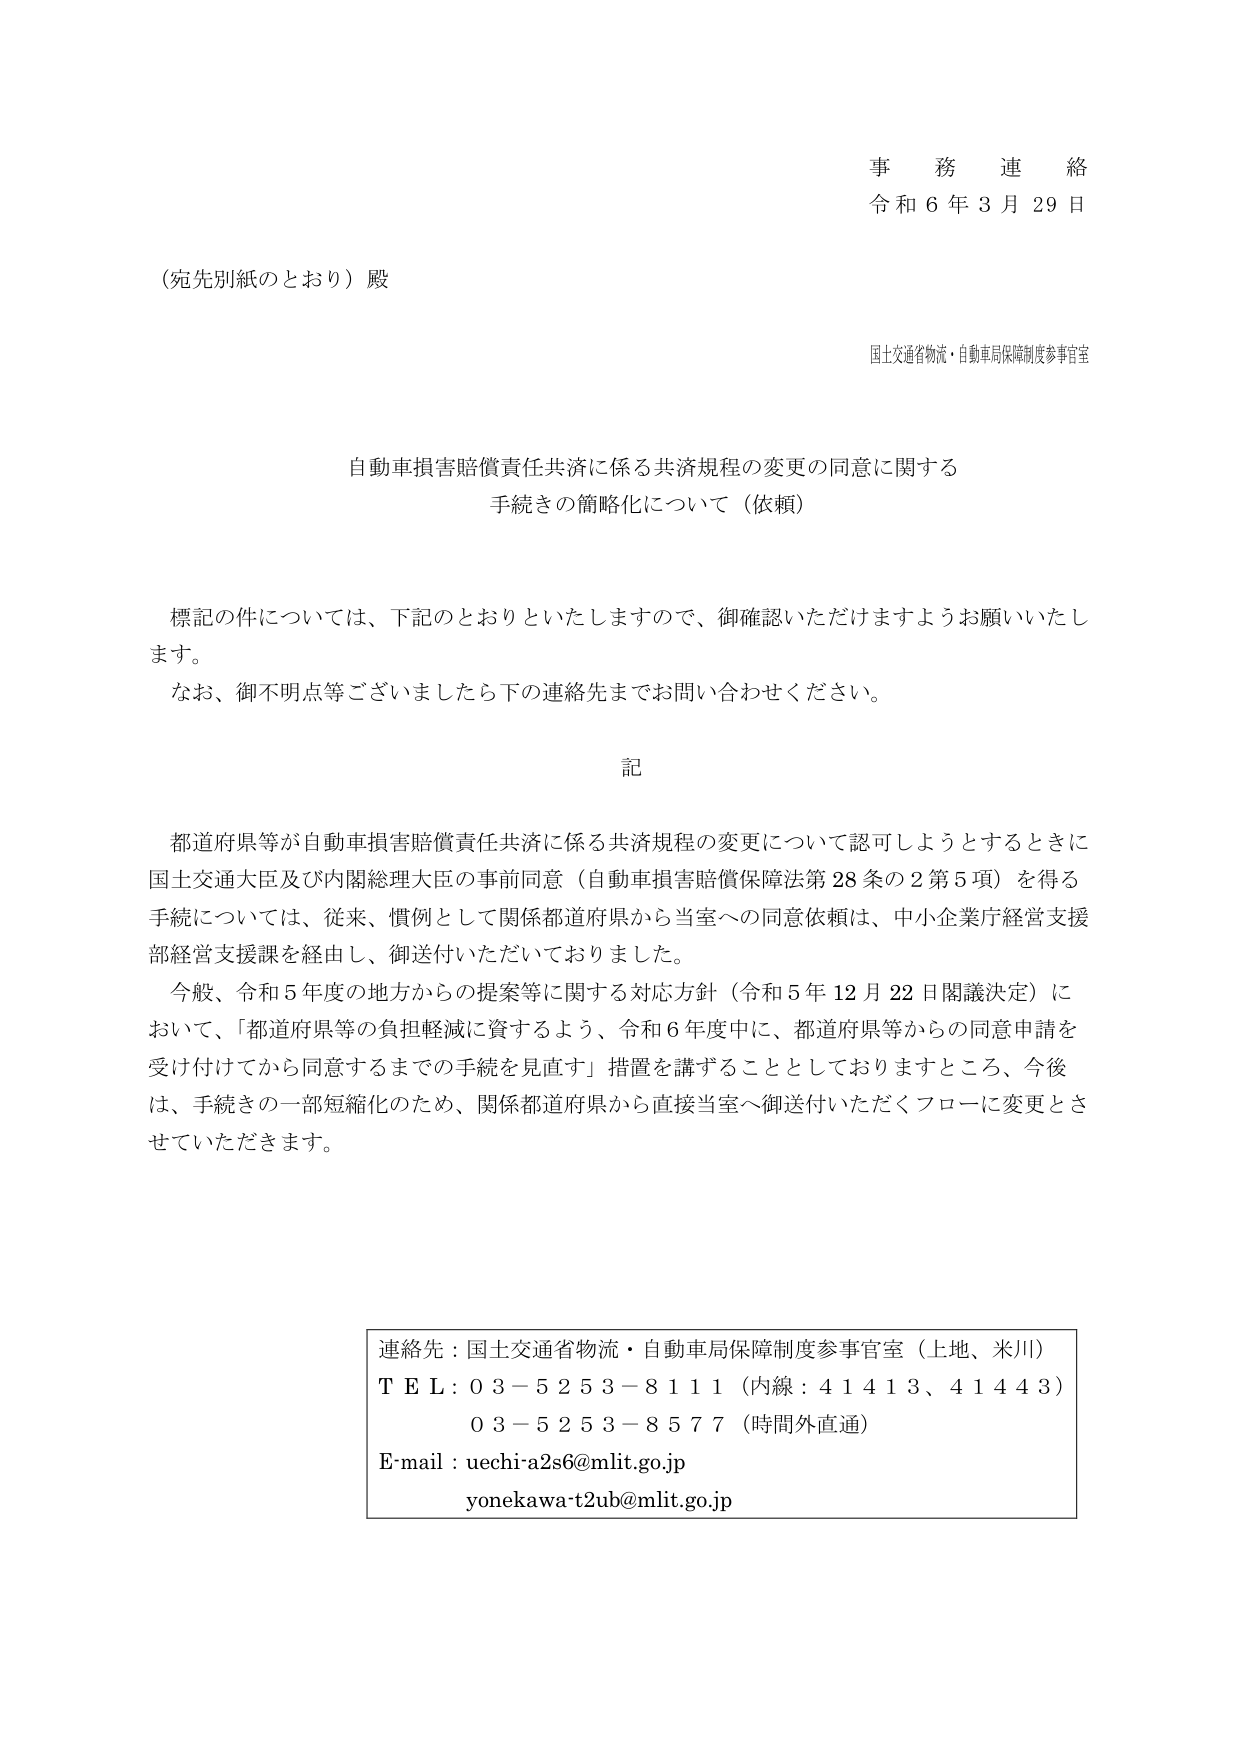
事務連絡
令和６年３月２９日

（宛先別紙のとおり）殿

国土交通省物流・自動車局保障制度参事官室

自動車損害賠償責任共済に係る共済規程の変更の同意に関する
手続きの簡略化について（依頼）

標記の件については、下記のとおりといたしますので、御確認いただけますようお願いいたします。
なお、御不明点等ございましたら下の連絡先までお問い合わせください。

記

都道府県等が自動車損害賠償責任共済に係る共済規程の変更について認可しようとするときに
国土交通大臣及び内閣総理大臣の事前同意（自動車損害賠償保障法第28条の2第5項）を得る
手続については、従来、慣例として関係都道府県から当室への同意依頼は、中小企業庁経営支援
部経営支援課を経由し、御送付いただいておりました。
今般、令和5年度の地方からの提案等に関する対応方針（令和5年12月22日閣議決定）に
おいて、「都道府県等の負担軽減に資するよう、令和6年度中に、都道府県等からの同意申請を
受け付けてから同意するまでの手続を見直す」措置を講ずることとしておりますところ、今後
は、手続きの一部短縮化のため、関係都道府県から直接当室へ御送付いただくフローに変更とさ
せていただきます。

連絡先：国土交通省物流・自動車局保障制度参事官室（上地、米川）
ＴＥＬ：０３－５２５３－８１１１（内線：４１４１３、４１４４３）
　　　　０３－５２５３－８５７７（時間外直通）
Ｅ-mail：uechi-a2s6@mlit.go.jp
　　　　yonekawa-t2ub@mlit.go.jp